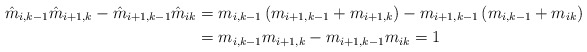
\begin{align*}\hat m_{i,k-1}\hat m_{i+1,k}-\hat m_{i+1,k-1}\hat m_{ik}&=m_{i,k-1}\left(m_{i+1,k-1}+m_{i+1,k}\right) -m_{i+1,k-1}\left(m_{i,k-1}+m_{ik}\right)\\&=m_{i,k-1}m_{i+1,k}-m_{i+1,k-1}m_{ik}=1\end{align*}